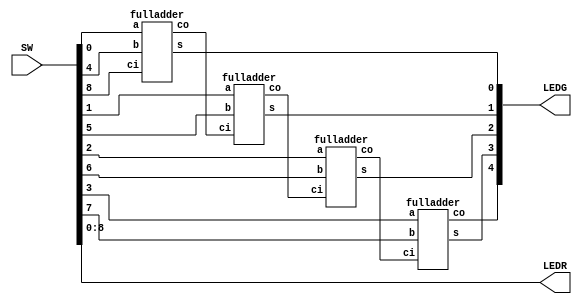
//This program implements a full adder with ripple carry using the code given in the lab manual.
// LEDG4 is the final carry out of the ripple carry adder
// LEDG[3:0] is the result of the adder
// SW[8] is the carry in into the adder
// SW[7:4] is the number to add to SW[3:0]
module Lab23 (SW, LEDG, LEDR);
input [17:0] SW;
output [8:0] LEDR, LEDG;

assign LEDR[8:0] = SW[8:0];

wire c1, c2, c3;

fulladder A0 (SW[0], SW[4], SW[8], LEDG[0], c1);
fulladder A1 (SW[1], SW[5], c1, LEDG[1], c2);
fulladder A2 (SW[2], SW[6], c2, LEDG[2], c3);
fulladder A3 (SW[3], SW[7], c3, LEDG[3], LEDG[4]);
endmodule

module fulladder (a, b, ci, s, co); //a: bit0, b: bit1, ci: carry/bit2, s: sum, co: carry out
	input a, b, ci;
	output co, s;

	wire d;

	assign d = a ^ b;
	assign s = d ^ ci;
	assign co = (b & ~d) | (d & ci);
endmodule